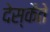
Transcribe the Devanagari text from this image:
देस्कैते